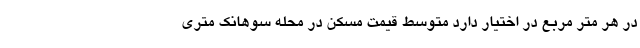
در هر متر مربع در اختیار دارد متوسط قیمت مسکن در محله سوهانک متری